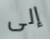
إلى